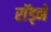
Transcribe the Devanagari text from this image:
राॅड्ने